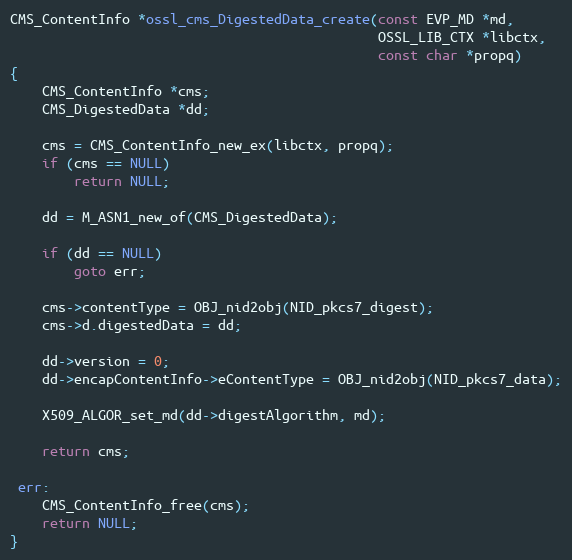
Language: C
CMS_ContentInfo *ossl_cms_DigestedData_create(const EVP_MD *md,
                                              OSSL_LIB_CTX *libctx,
                                              const char *propq)
{
    CMS_ContentInfo *cms;
    CMS_DigestedData *dd;

    cms = CMS_ContentInfo_new_ex(libctx, propq);
    if (cms == NULL)
        return NULL;

    dd = M_ASN1_new_of(CMS_DigestedData);

    if (dd == NULL)
        goto err;

    cms->contentType = OBJ_nid2obj(NID_pkcs7_digest);
    cms->d.digestedData = dd;

    dd->version = 0;
    dd->encapContentInfo->eContentType = OBJ_nid2obj(NID_pkcs7_data);

    X509_ALGOR_set_md(dd->digestAlgorithm, md);

    return cms;

 err:
    CMS_ContentInfo_free(cms);
    return NULL;
}